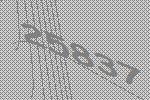
25837